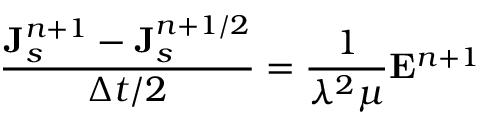
\frac { { \bf J } _ { s } ^ { n + 1 } - { \bf J } _ { s } ^ { n + 1 / 2 } } { \Delta t / 2 } = \frac { 1 } { \lambda ^ { 2 } \mu } { \bf E } ^ { n + 1 }